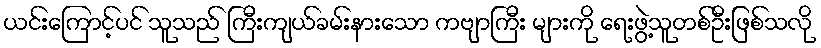
ယင်းကြောင့်ပင် သူသည် ကြီးကျယ်ခမ်းနားသော ကဗျာကြီး များကို ရေးဖွဲ့သူတစ်ဦးဖြစ်သလို